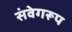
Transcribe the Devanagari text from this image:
संवेगरूप